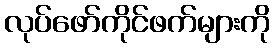
လုပ်ဖော်ကိုင်ဖက်များကို